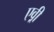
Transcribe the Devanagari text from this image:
एव़्री